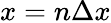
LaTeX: x=n\Delta x